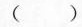
（ ）